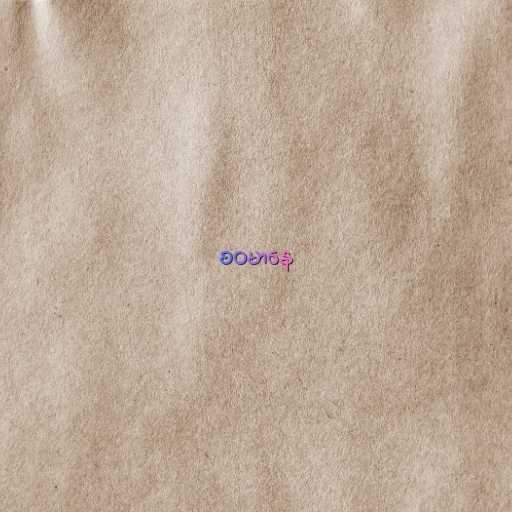
စဝမာနေ